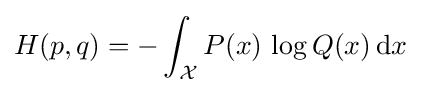
H(p,q)=-\int _{\mathcal {X}}P(x)\,\log Q(x)\,\mathrm {d} x